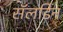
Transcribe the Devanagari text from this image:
सॅलडिन